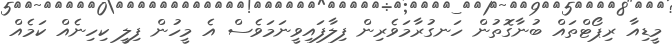
މީޑިއާ ރިޕޯޓްތައް ބުނާގޮތުން ހަނގުރާމަވެރިން ފިލާފައިވީނަމަވެސް އެ މީހުން ފިލީ ކިހިނެއް ކަމެއް